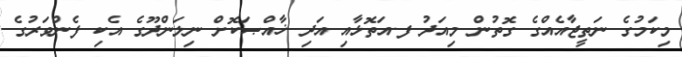
މިކަމުގެ ނަތީޖާއެއްގެ ގޮތުން މިއަދު ފ.އަތޮޅާއި އަދި ޚާއްޞަކޮށް ނިލަންދޫގެ އެކި ފެންވަރުގެ